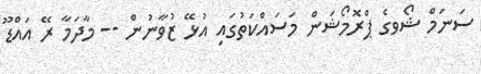
ސަނަމް ޝޯވގެ ޕްރޮމޯޝަން މަސައްކަތުގައި އުޅޭ ޒުވާނުން -- މާދަމާ ރޭ އައްޑޫ